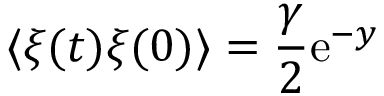
\langle \xi ( t ) \xi ( 0 ) \rangle = { \frac { \gamma } { 2 } } \mathrm { e } ^ { - y }